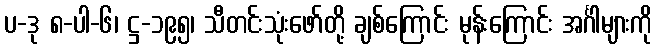
ပ-ဒု ၈-ပါ-၆၊ ဋ္ဌ-၁၉၅၊ သီတင်းသုံးဖော်တို့ ချစ်ကြောင်း မုန်းကြောင်း အင်္ဂါများကို